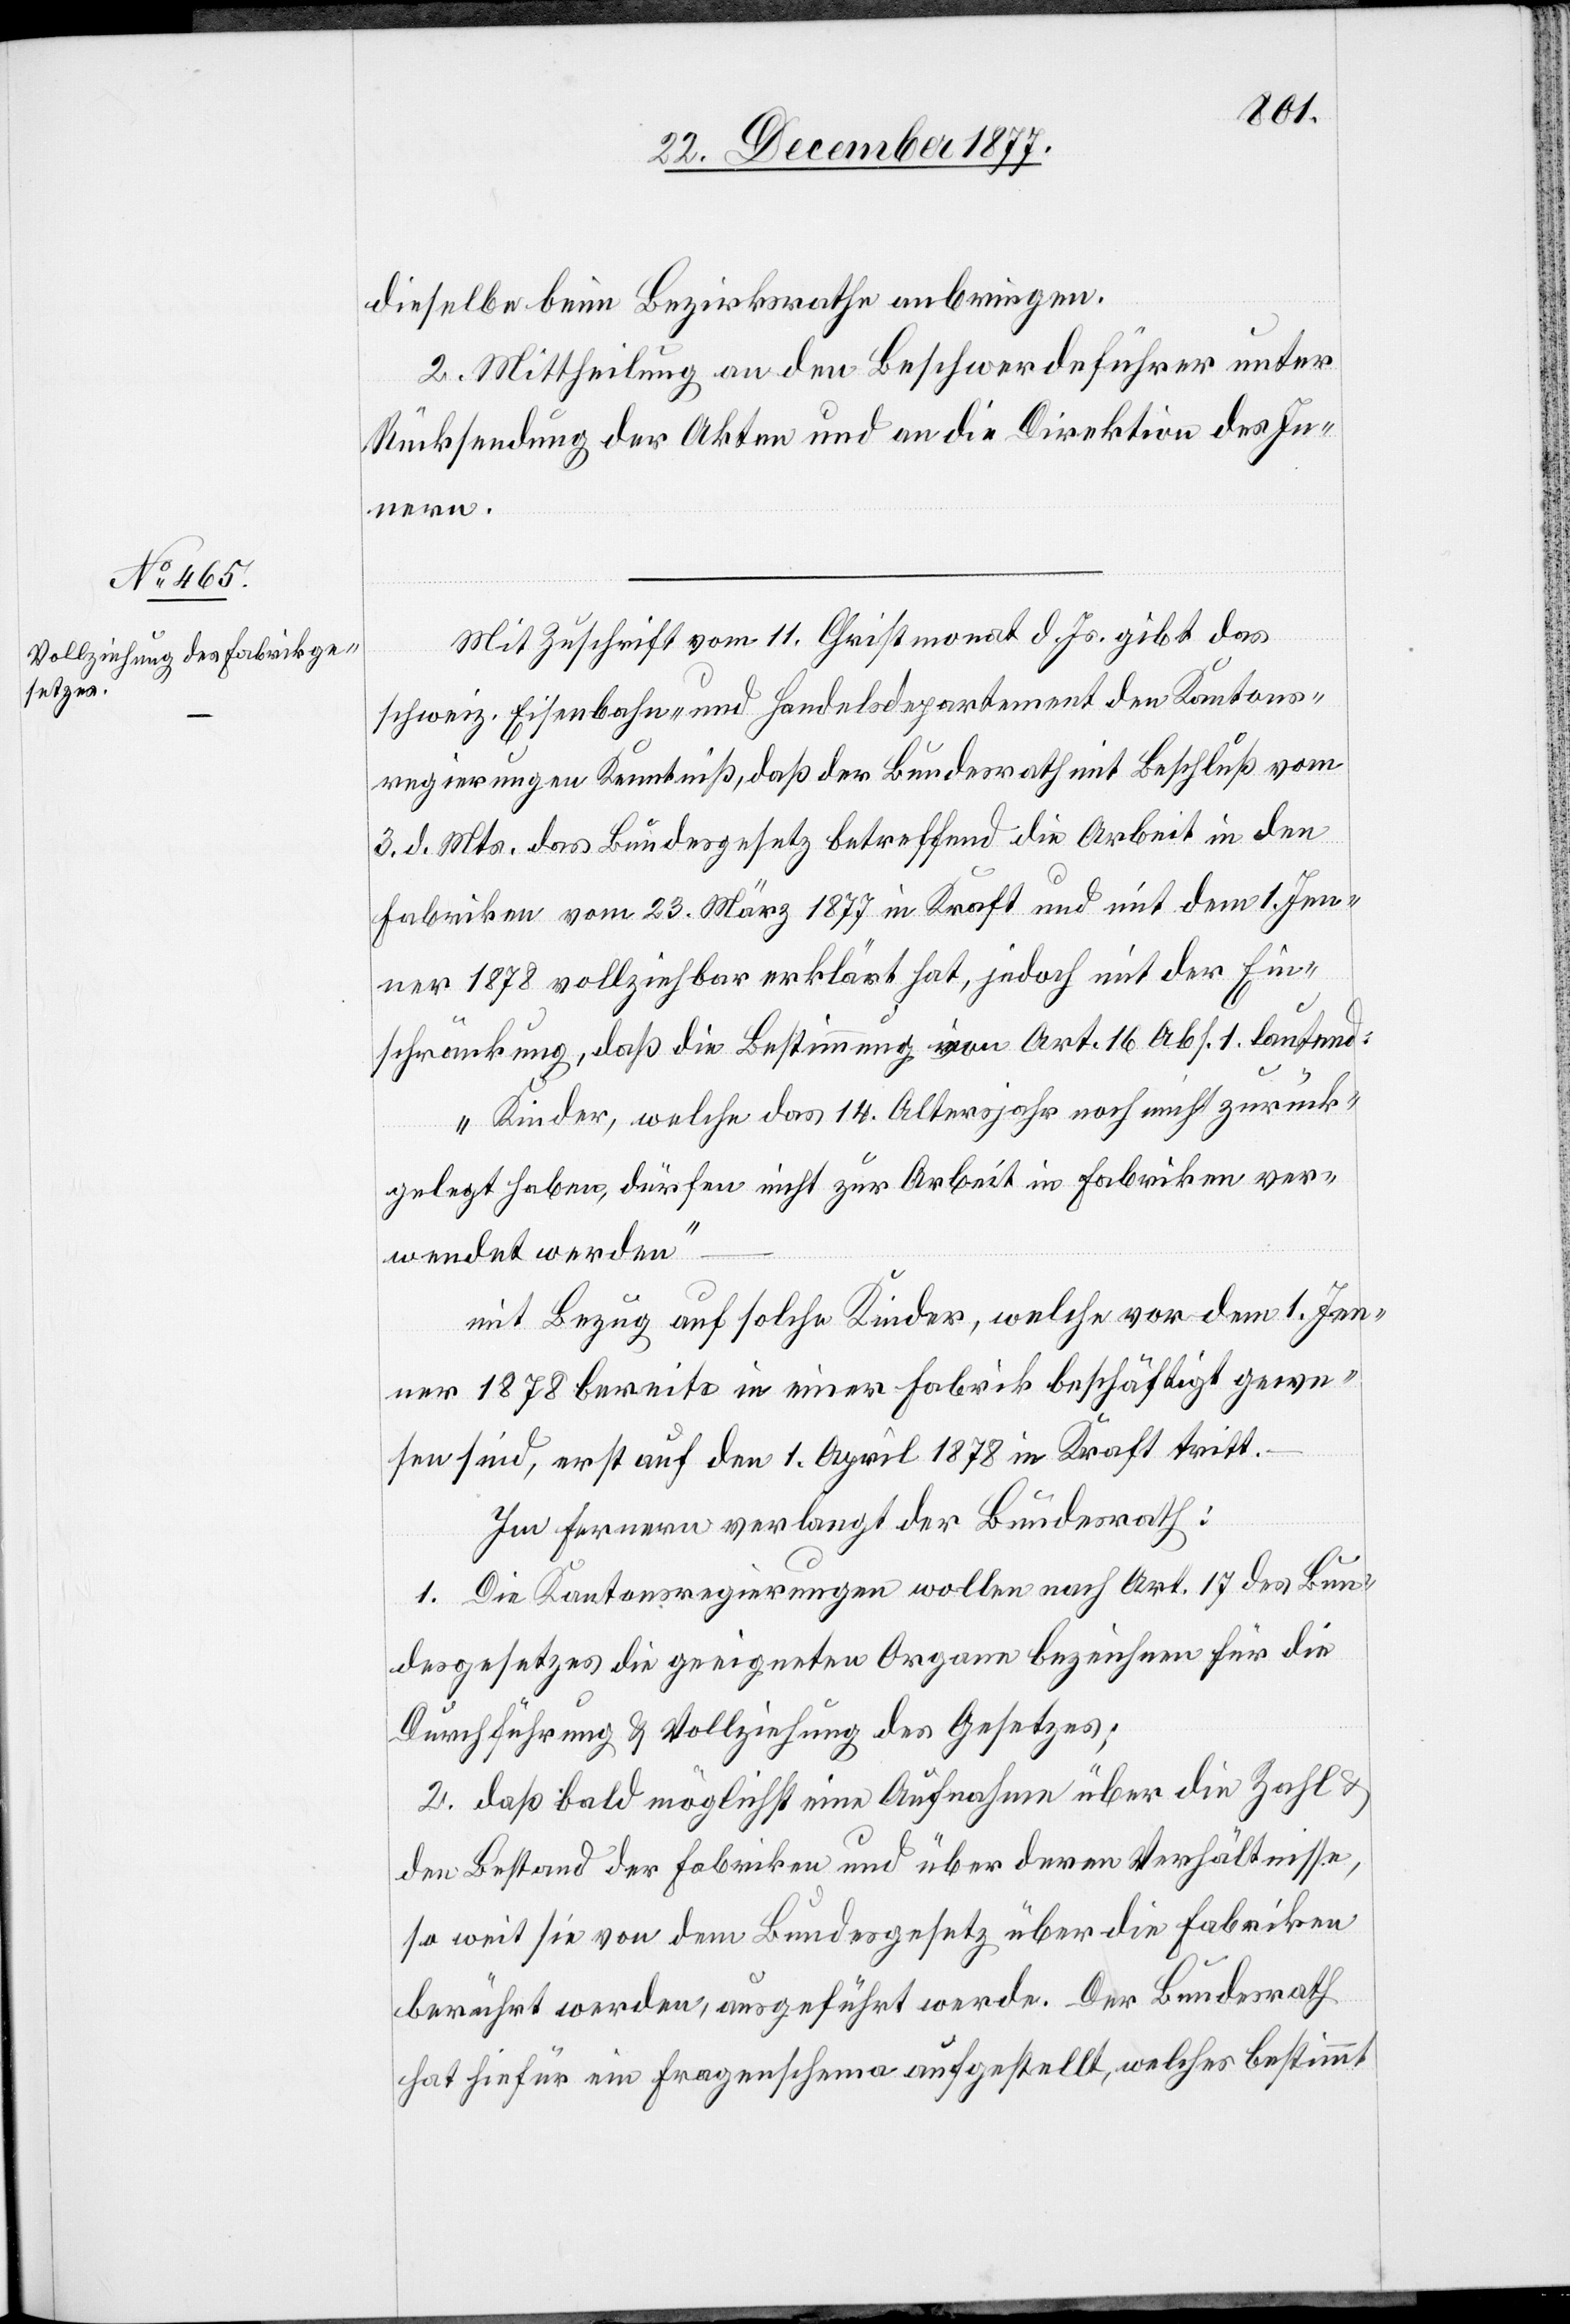
dieselbe beim Bezirksrathe anbringen.
2. Mittheilung an den Beschwerdeführer unter
Rücksendung der Akten und an die Direktion des In¬
nern.
Mit Zuschrift vom 11. Christmonat d. Js. gibt das
schweiz. Eisenbahn- und Handelsdepartement den Kantons¬
regierungen Kenntniß, daß der Bundesrath mit Beschluß vom
3. d. Mts. das Bundesgesetz betreffend die Arbeit in den
Fabriken vom 23. März 1877 in Kraft und mit dem 1. Jen¬
ner 1878 vollziehbar erklärt hat, jedoch mit der Ein¬
schränkung, daß die Bestimmung von Art. 16 Abs. 1. lautend:
„Kinder, welche das 14. Altersjahr noch nicht zurück¬
gelegt haben, dürfen nicht zur Arbeit in Fabriken ver¬
wendet werden“
mit Bezug auf solche Kinder, welche vor dem 1. Jen¬
ner 1878 bereits in einer Fabrik beschäftigt gewe¬
sen sind, erst auf den 1. April 1878 in Kraft tritt.
Im Fernern verlangt der Bundesrath:
1. Die Kantonsregierungen wollen nach Art. 17 des Bun¬
desgesetzes die geeigneten Organe bezeichnen für die
Durchführung & Vollziehung des Gesetzes;
2. daß bald möglichst eine Aufnahme über die Zahl &
den Bestand der Fabriken und über deren Verhältnisse,
so weit sie von dem Bundesgesetz über die Fabriken
berührt werden, ausgeführt werde. Der Bundesrath
hat hiefür ein Fragenschema aufgestellt, welches bestimmt